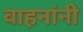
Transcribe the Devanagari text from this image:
वाहनांनी